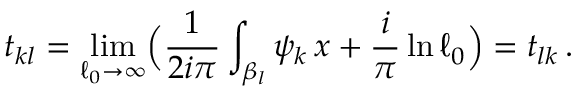
t _ { k l } = \operatorname * { l i m } _ { \ell _ { 0 } \rightarrow \infty } \Bigl ( { \frac { 1 } { 2 i \pi } } \int _ { \beta _ { l } } \psi _ { k } \, \d x + { \frac { i } { \pi } } \ln \ell _ { 0 } \Bigr ) = t _ { l k } \, .